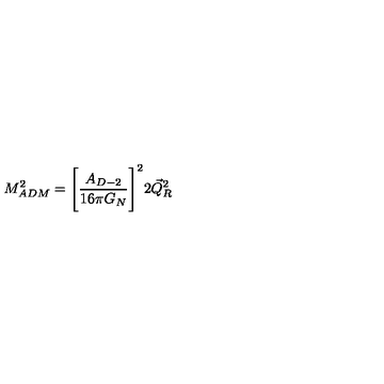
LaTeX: M _ { A D M } ^ { 2 } = \Biggl [ \frac { A _ { D - 2 } } { 1 6 \pi G _ { N } } \Biggr ] ^ { 2 } 2 \vec { Q } _ { R } ^ { 2 }